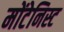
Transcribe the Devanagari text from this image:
मोंटेनिस्ट